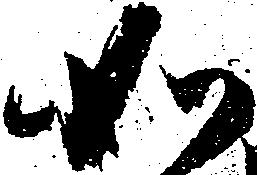
如